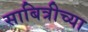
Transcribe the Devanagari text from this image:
साबित्रीच्या